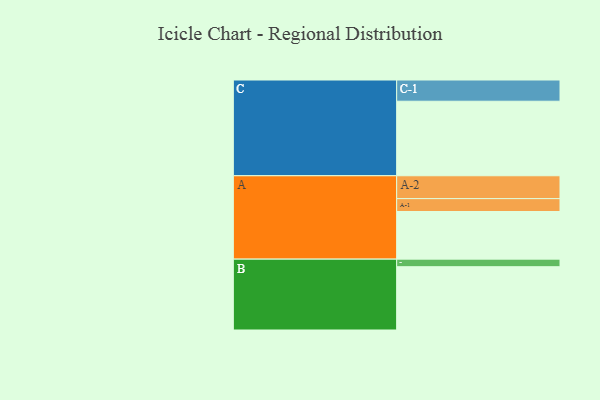
{"axis": {"x": "Segment", "y": "Value"}, "legend": ["", "A", "B", "C"], "data": [{"x": "A", "y": 377, "type": ""}, {"x": "B", "y": 501, "type": ""}, {"x": "C", "y": 590, "type": ""}, {"x": "A-1", "y": 102, "type": "A"}, {"x": "A-2", "y": 181, "type": "A"}, {"x": "B-1", "y": 60, "type": "B"}, {"x": "C-1", "y": 168, "type": "C"}]}